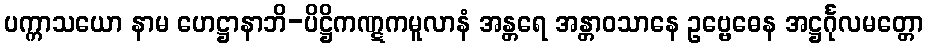
ပက္ကာသယော နာမ ဟေဋ္ဌာနာဘိ-ပိဋ္ဌိကဏ္ဋကမူလာနံ အန္တရေ အန္တာဝသာနေ ဥဗ္ဗေဓေန အဋ္ဌင်္ဂုလမတ္တော